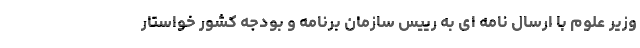
وزیر علوم با ارسال نامه ای به رییس سازمان برنامه و بودجه کشور خواستار